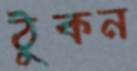
ঠুকন